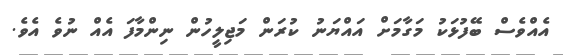
އެއްވެސް ބޭފުޅަކު މަގާމަށް އައްޔަނު ކުރަން މަޖިލީހުން ނިންމާފަ އެއް ނުވެ އެވެ.